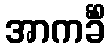
အာကင်္ခိံ